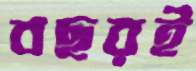
বছরই